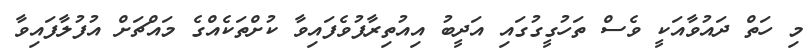
މި ހަތް ދައުވާއަކީ ވެސް ތަހުގީގުގައި އަދީބު އިއުތިރާފުވެފައިވާ ކުށްތަކެއްގެ މައްޗަށް އުފުލާފައިވާ